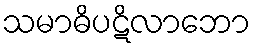
သမာဓိပဋိလာဘော